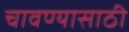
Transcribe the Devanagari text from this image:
चावण्यासाठी